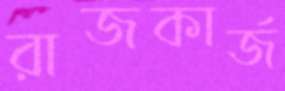
রাজকার্জ